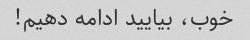
خوب، بیایید ادامه دهیم!